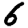
Digit: 6